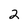
Character: 2